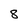
Character: 8